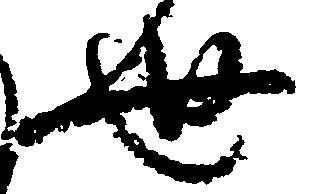
世